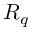
R _ { q }